Lunatic asylums Central Provinces reports 1910-1926 - 1910-1926
Year: 1910
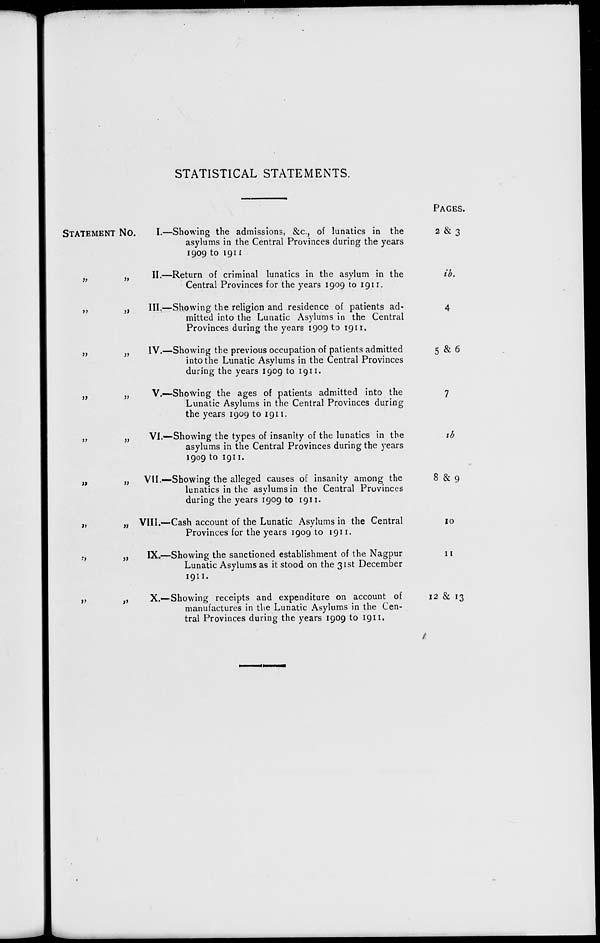
STATISTICAL STATEMENTS.
STATEMENT No.
„ „
„ „
„ „
„ „
„ „
„ „
„ „
„ „
„ „
I.—
II.—
III.—
IV.—
V.—
VI.—
VII—
VIII.—
IX.—
X.—
Showing the admissions, &c., of lunatics in the
asylums in the Central Provinces during the years
1909 to 1911
Return of criminal lunatics in the asylum in the
Central Provinces for the years 1909 to 1911.
Showing the religion and residence of patients ad-
mitted into the Lunatic Asylums in the Central
Provinces during the years 1909 to 1911.
Showing the previous occupation of patients admitted
into the Lunatic Asylums in the Central Provinces
during the years 1909 to 1911.
Showing the ages of patients admitted into the
Lunatic Asylums in the Central Provinces during
the years 1909 to 1911.
Showing the types of insanity of the lunatics in the
asylums in the Central Provinces during the years
1909 to 1911.
Showing the alleged causes of insanity among the
lunatics in the asylums in the Central Provinces
during the years 1909 to 1911.
Cash account of the Lunatic Asylums in the Central
Provinces for the years 1909 to 1911.
Showing the sanctioned establishment of the Nagpur
Lunatic Asylums as it stood on the 31st December
1911.
Showing receipts and expenditure on account of
manufactures in the Lunatic Asylums in the Cen-
tral Provinces during the years 1909 to 1911.
PAGES.
2 & 3
ib.
4
5 & 6
7
ib
8 & 9
10
11
12 & 13